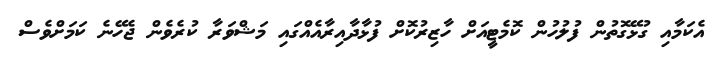
އެކަމާއި ގުޅޭގޮތުން ފުލުހުން ކޮމެޓީއަށް ހާޒިރުކޮށް ފުޅާދާއިރާއެއްގައި މަޝްވަރާ ކުރެވެން ޖެހޭނެ ކަމަށްވެސް